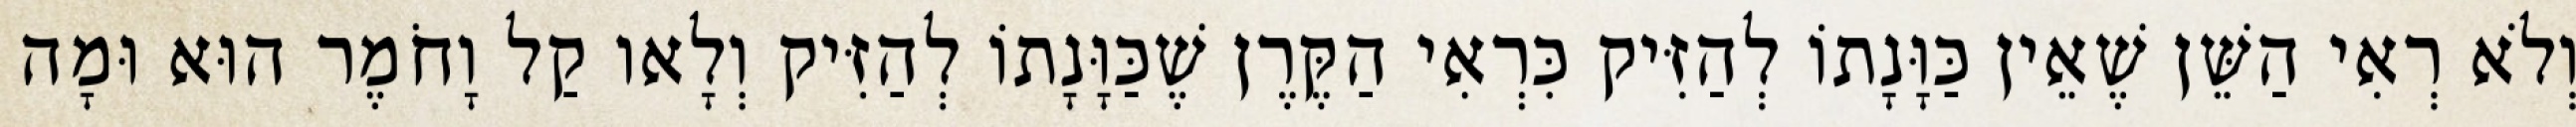
וְלֹא רְאִי הַשֵּׁן שֶׁאֵין כַּוָּנָתוֹ לְהַזִּיק כִּרְאִי הַקֶּרֶן שֶׁכַּוָּנָתוֹ לְהַזִּיק וְלָאו קַל וָחֹמֶר הוּא וּמָה